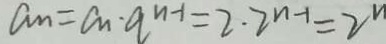
a _ { n } = a _ { n } \cdot a ^ { n - 1 } = 2 \cdot 2 ^ { n - 1 } = 2 ^ { n }